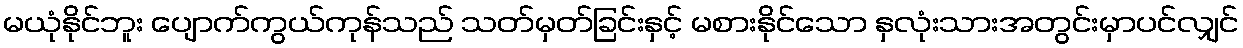
မယုံနိုင်ဘူး ပျောက်ကွယ်ကုန်သည် သတ်မှတ်ခြင်းနှင့် မစားနိုင်သော နှလုံးသားအတွင်းမှာပင်လျှင်